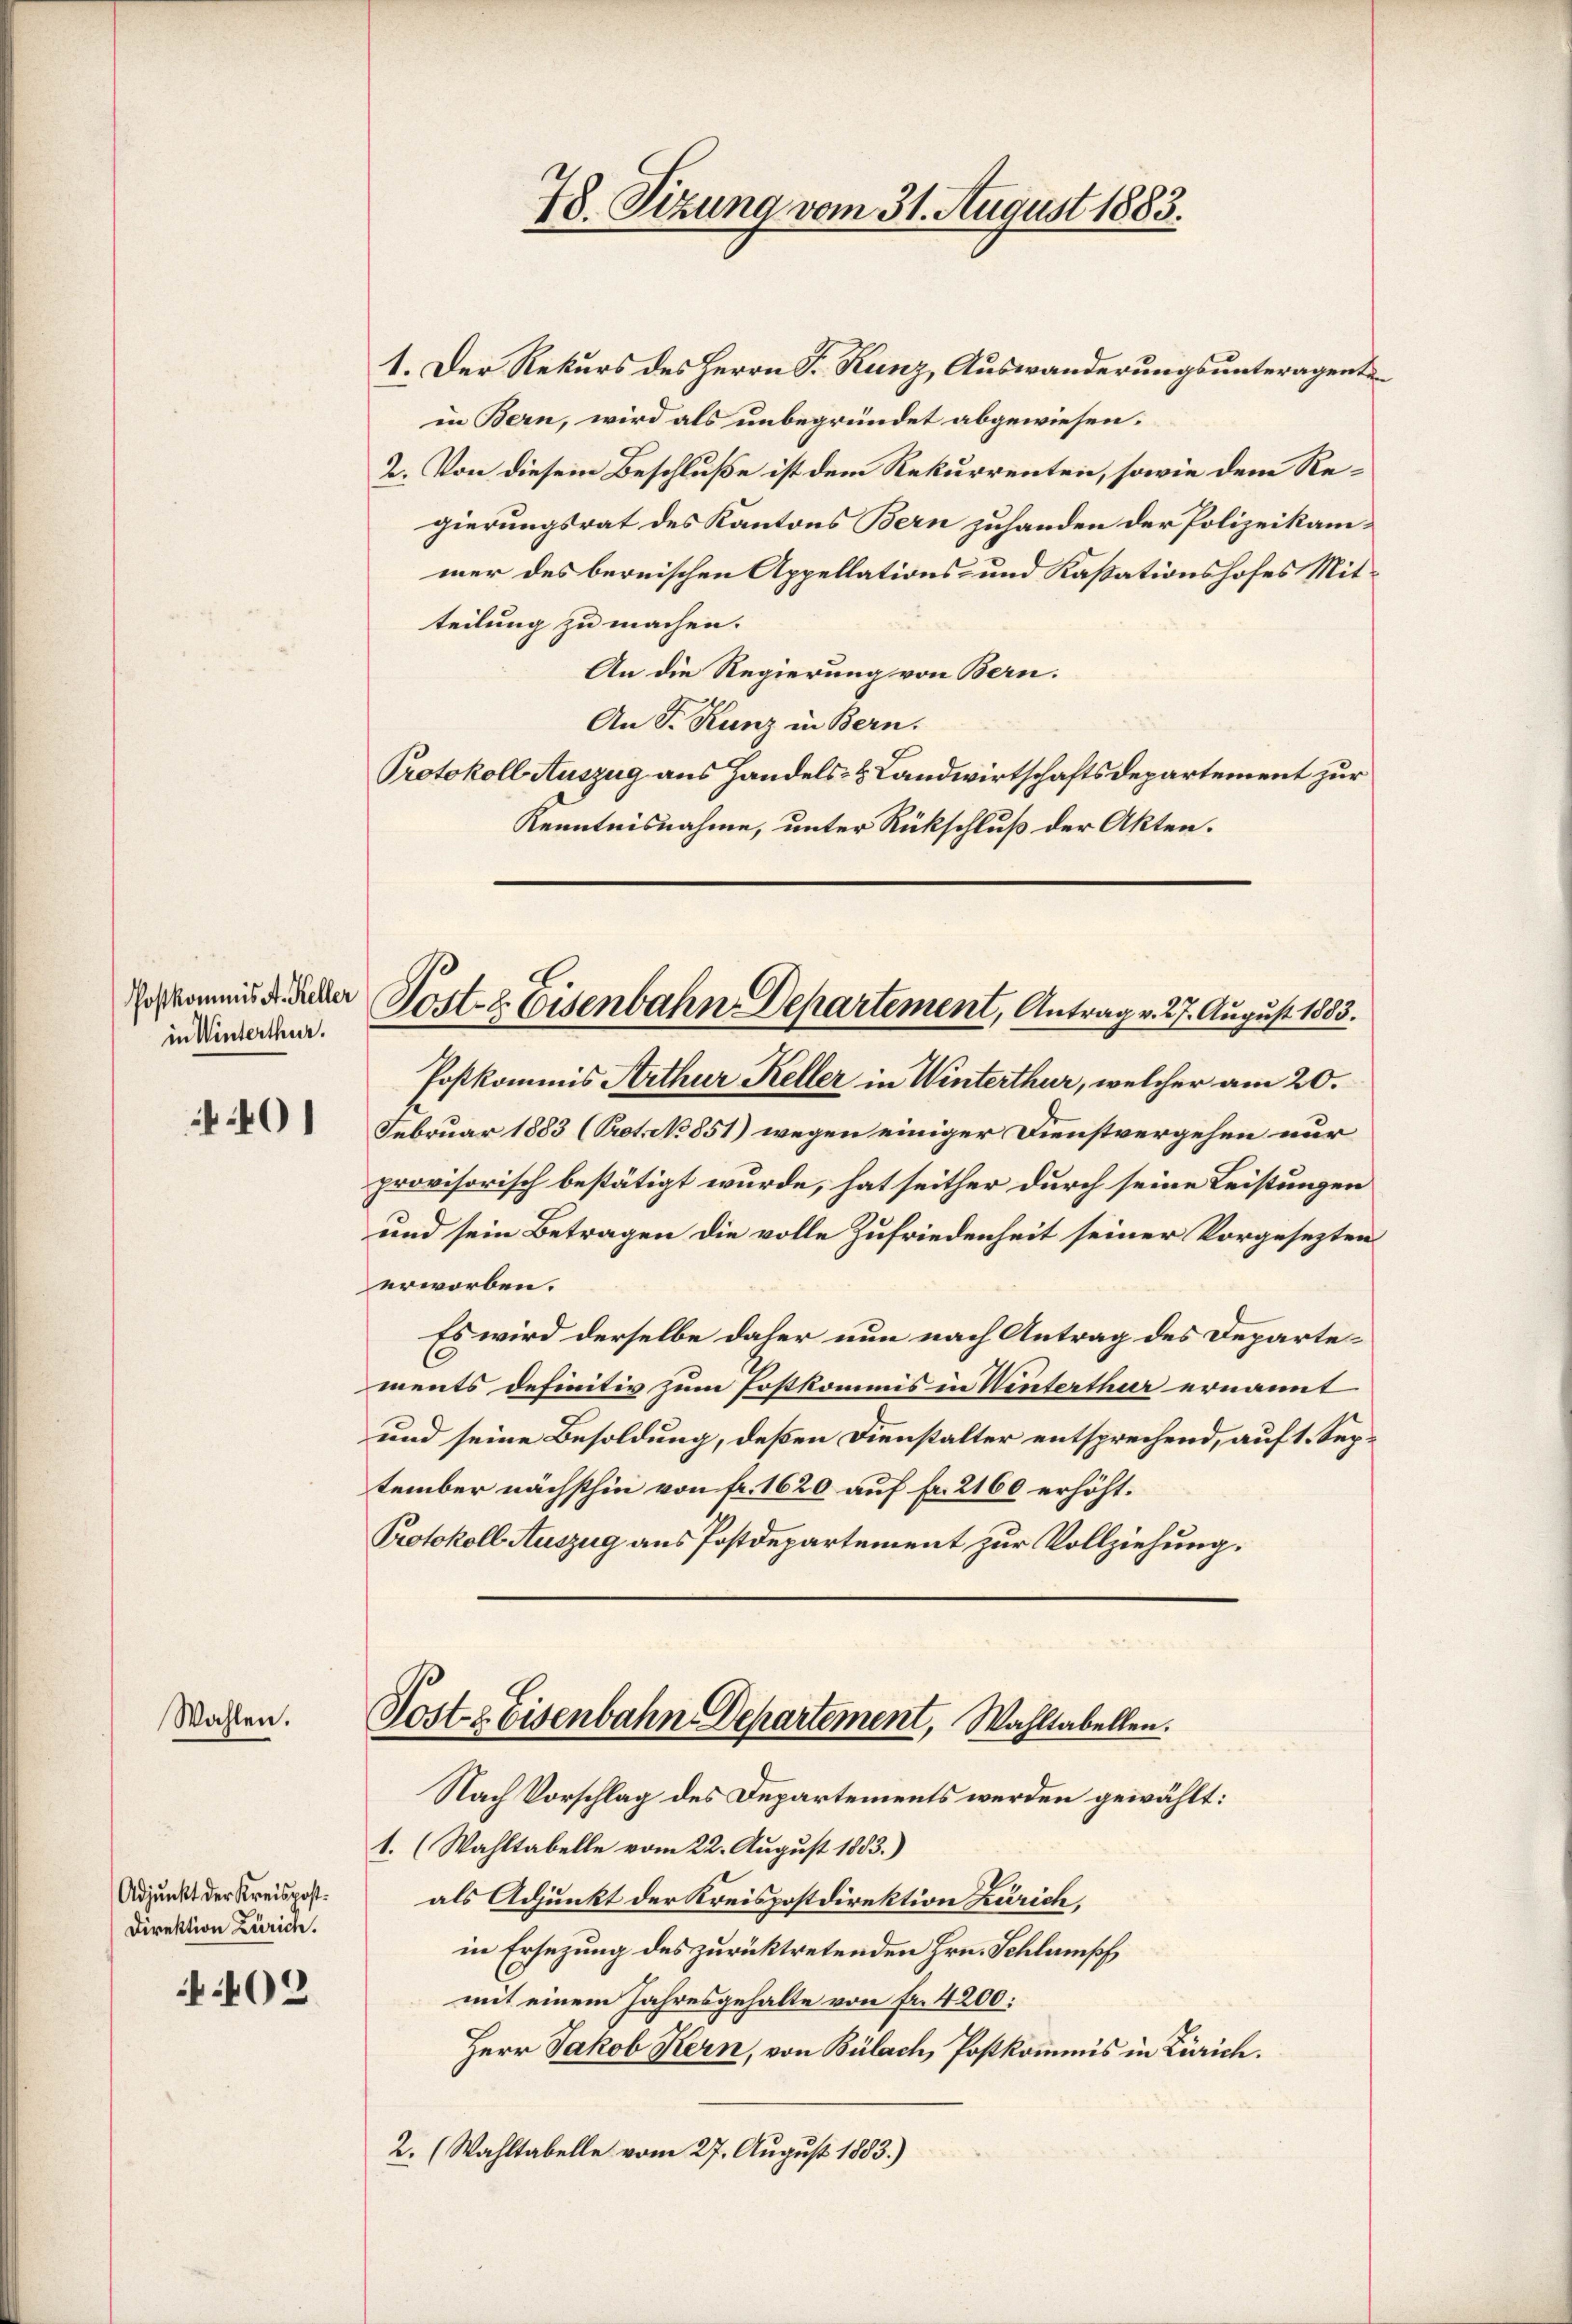
Postkommis A. Keller
in Winterthur.

401

Wahlen.

Adjunkt der Kreispost.
Direktion Zürich.

403

1. Der Rekurs des Herrn Fr. Kunz, Auswanderungsunteragentain Bern, wird als unbegründet abgewiesen.
2. Von diesem Beschluße ist dem Rekurrenten, sowie dem Regierungsrat des Kantons Bern zuhanden der Polizeikammer des bernischen Appellations- und Kassationshofes Mitteilung zu machen.
An die Regierung von Bern.
An F. Kunz in Bern.
Protokoll Auszug aus Handels- & Landwirtschaftsdepartement zur
Kenntnisnahme, unter Rückschluß der Akten.

28. Sizung vom 31. August 1883.

Post- & Eisenbahn Departement, Antrag v. 27. August 1883.

Postkommis Arthur Keller in Winterthur, welcher am 20.
Februar 1883 (Prot. No 851) wegen einiger Dienstvergehen nur
provisorisch bestätigt wurde, hat seither durch seine Leistungen
und sein Betragen die volle Zufriedenheit seiner Vorgesezten
erworben.
Es wird derselbe daher nun nach Antrag des Departements definitiv zum Postkommis in Winterthur ernannt
und seine Besoldung, deßen Dienstalter entsprechend, auf 1. September nächsthin von fr. 1620 auf Fr. 2160 erhöht.
Protokoll Auszug aus Postdepartement zur Vollziehung.

Koste Eisenbahn-Departement, Wahltabellen.

Nach Vorschlag des Departements werden gewählt:
1. (Wahltabelle vom 22. August 1883.)
als Adjunkt der Kreispostdirektion Zürich,
in Ersezung des zurücktretenden Hrn. Schlumpf
mit einem Jahresgehalte von Fr. 4200:
Herr Jakob Kern, von Bülach, Postkommis in Zürich.
2. (Wahltabelle vom 27. August 1883.)